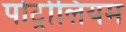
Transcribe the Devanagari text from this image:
पोट्रोलियम